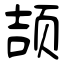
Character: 颉